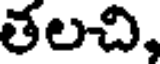
తలచి,